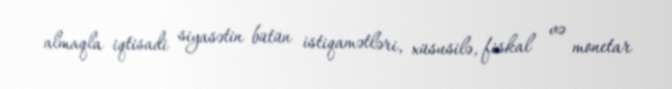
almaqla iqtisadi siyasətin bütün istiqamətləri, xüsusilə, fiskal və monetar